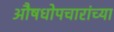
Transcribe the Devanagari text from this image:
औषधोपचारांच्या